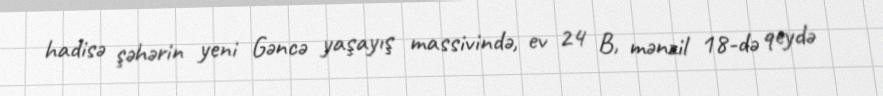
hadisə şəhərin yeni Gəncə yaşayış massivində, ev 24 B, mənzil 18-də qeydə